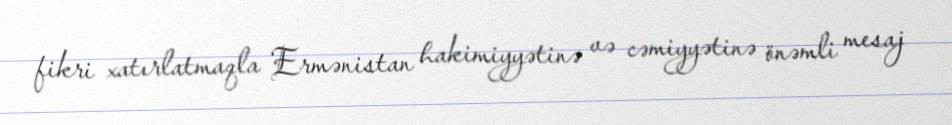
fikri xatırlatmaqla Ermənistan hakimiyyətinə və cəmiyyətinə önəmli mesaj